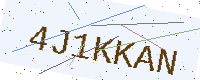
Text: 4J1KKAN